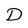
Character: D